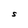
Character: S